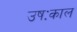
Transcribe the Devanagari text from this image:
उषःकाल